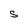
Character: S